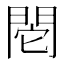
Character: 𨳷